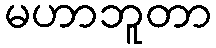
မဟာဘူတာ